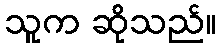
သူက ဆိုသည်။